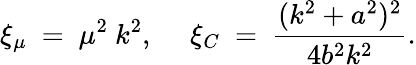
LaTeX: \xi_{\mu}~=~\mu^{2}~k^{2},~~~~~\xi_{C}~=~\frac{(k^{2}+a^{2})^{2}}{4b^{2}k^{2}}.